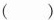
( )